Annual report of the Prince of Wales Medical College, Patna
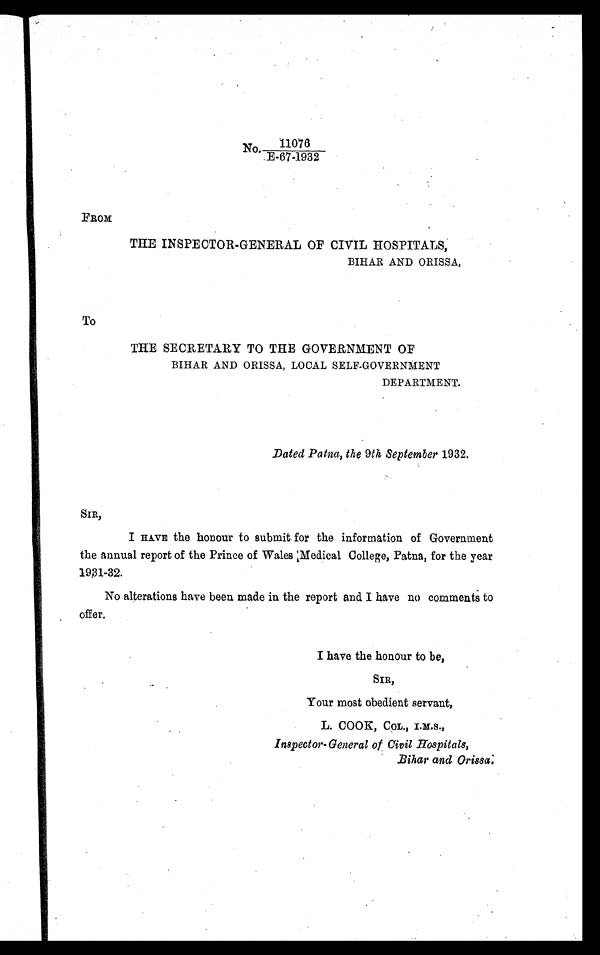
11076
No. E-67-1932
FROM
THE INSPECTOR-GENERAL OF CIVIL HOSPITALS,
BIHAR AND ORISSA,
To
THE SECRETARY TO THE GOVERNMENT OF
BIHAR AND ORISSA, LOCAL SELF-GOVERNMENT
DEPARTMENT.
Dated Patna, the 9th September 1932.
SIR,
I HAVE the honour to submit for the information of Government
the annual report of the Prince of Wales Medical College, Patna, for the year
1931-32.
No alterations have been made in the report and I have no comments to
offer,
I have the honour to be,
SIR,
Your most obedient servant,
L. COOK, CoL., I.M.S.,
Inspector- General of Civil Hospitals,
Bihar and Orissa.